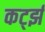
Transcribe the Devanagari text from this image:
कर्ट्झ